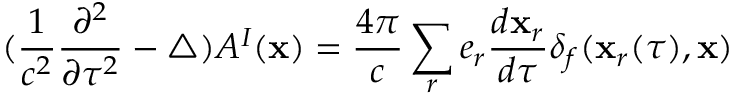
( \frac { 1 } { c ^ { 2 } } \frac { \partial ^ { 2 } } { \partial \tau ^ { 2 } } - \triangle ) { \cal A } ^ { I } ( { \bf x } ) = \frac { 4 \pi } { c } \sum _ { r } e _ { r } \frac { d { \bf x } _ { r } } { d \tau } \delta _ { f } ( { \bf x } _ { r } ( \tau ) , { \bf x } )